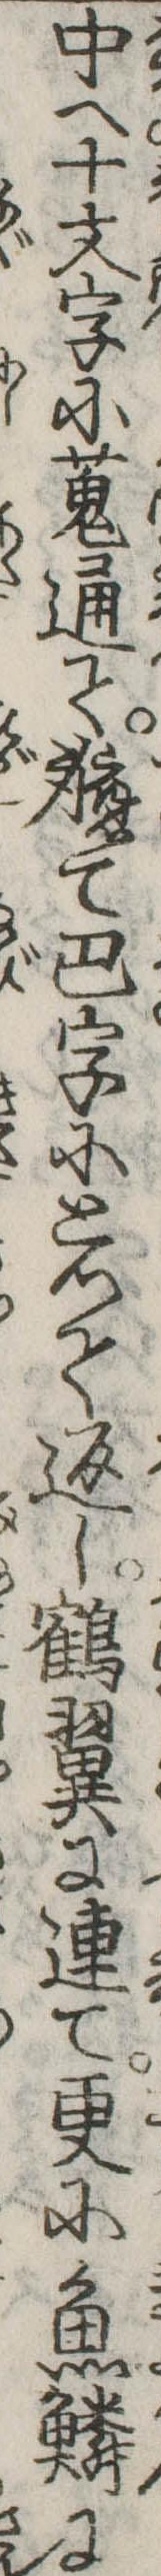
中へ十文字に蒐通て軈て巴字にとつて返し鶴翼に連て更に魚鱗に